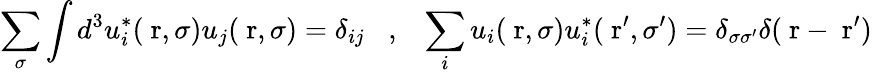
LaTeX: \sum_{\sigma}\int d^{3}u_{i}^{*}(\mathrm{\mathbf~r},\sigma)u_{j}(\mathrm{\mathbf~r},\sigma)=\delta_{ij}\; \; \; ,\; \; \; \sum_{i}u_{i}(\mathrm{\mathbf~r},\sigma)u_{i}^{*}(\mathrm{\mathbf~r}^{\prime},\sigma^{\prime})=\delta_{\sigma\sigma^{\prime}}\delta(\mathrm{\mathbf~r}-\mathrm{\mathbf~r}^{\prime})